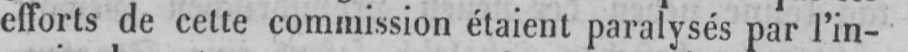
efforts de cette commission étaient paralysés par l’in-